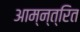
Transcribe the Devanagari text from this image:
आम्न्त्रित